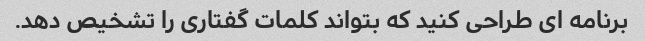
برنامه ای طراحی کنید که بتواند کلمات گفتاری را تشخیص دهد.